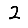
Digit: 2